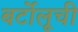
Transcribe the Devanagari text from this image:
बर्टोलूची